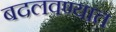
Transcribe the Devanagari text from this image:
बदलवण्यात